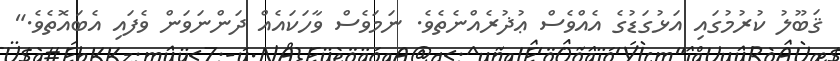
ޤަބޫލު ކުރުމުގައި އަޅުގަޑުގެ އެއްވެސް ޢުޛުރެއްނެތެވެ. ނަމަވެސް ވާހަކައެއް ދަންނަވަން ވެފައި އެބައޮތެވެ."